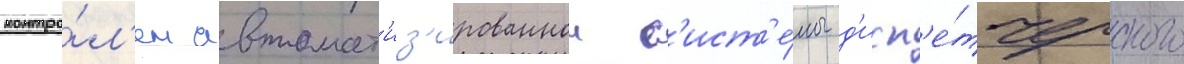
контро́л'ем автомат'из'ированнои с'ист'е́мы д'исп'е́тчерского